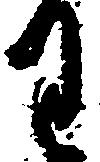
わ